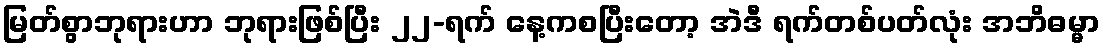
မြတ်စွာဘုရားဟာ ဘုရားဖြစ်ပြီး ၂၂-ရက် နေ့ကစပြီးတော့ အဲဒီ ရက်တစ်ပတ်လုံး အဘိဓမ္မာ